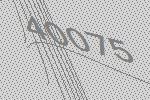
40075